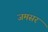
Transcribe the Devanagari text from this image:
जमसर